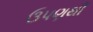
ઉપણથી